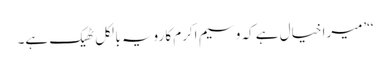
‘‘’میرا خیال ہے کہ وسیم اکرم کا رویہ بالکل ٹھیک ہے۔